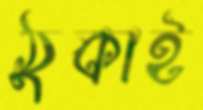
ঠুকাই